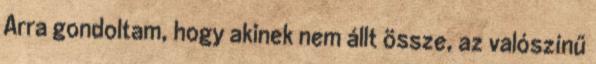
Arra gondoltam, hogy akinek nem állt össze, az valószínű